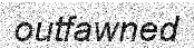
outfawned